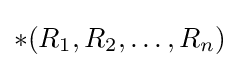
*(R_{1},R_{2},\ldots ,R_{n})